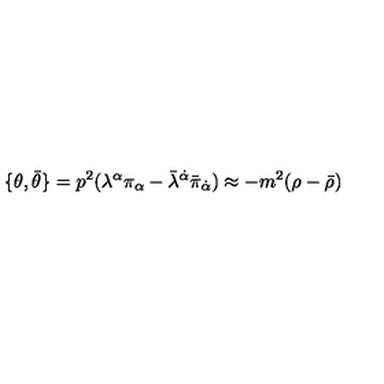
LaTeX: \{ \theta , \bar { \theta } \} = p ^ { 2 } ( \lambda ^ { \alpha } \pi _ { \alpha } - \bar { \lambda } ^ { \dot { \alpha } } \bar { \pi } _ { \dot { \alpha } } ) \approx - m ^ { 2 } ( \rho - \bar { \rho } )